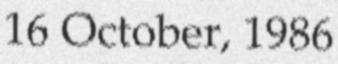
16 October, 1986